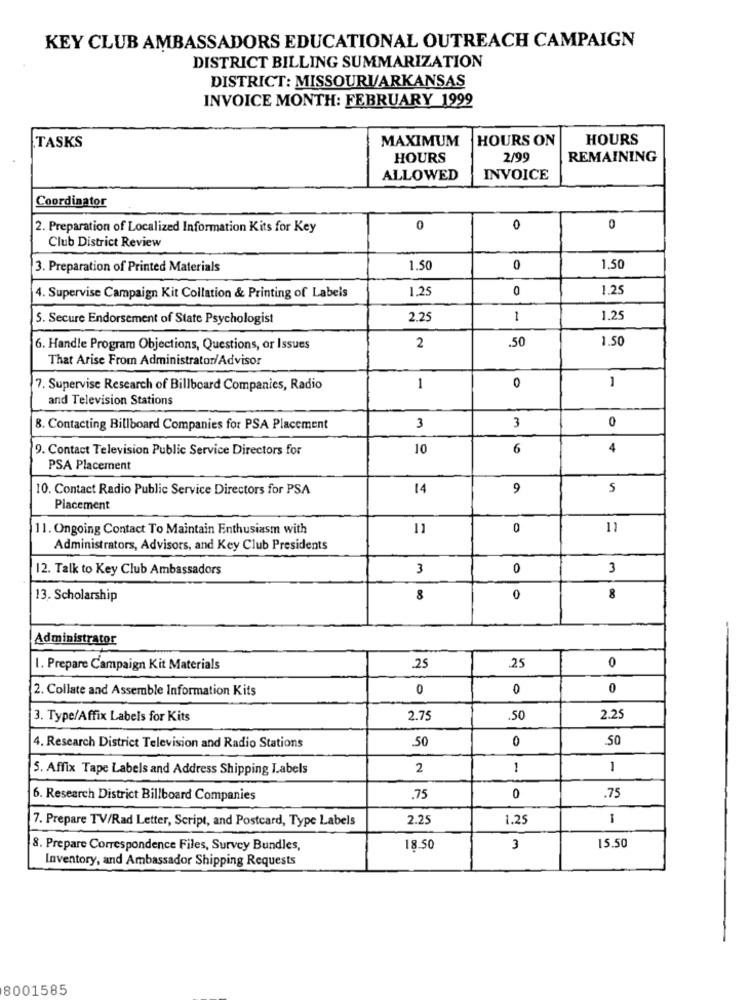
KEY CLUB AMBASSADORS EDUCATIONAL OUTREACH CAMPAIGN
DISTRICT BILLING SUMMARIZATION
DISTRICT: MISSOURI/ARKANSAS
INVOICE MONTH: FEBRUARY 1999
MAXIMUM
HOURS ON
HOURS
TASKS
HOURS
2/99
REMAINING
ALLOWED
INVOICE
Coordinator
2. Preparation of Localized Information Kits for Key
0
0
0
Club District Review
3. Preparation of Printed Materials
1.50
0
1,50
1.25
0
1.25
4. Supervise Campaign Kit Collation & Printing of Labels
5. Secure Endorsement of State Psychologist
2.25
1
1.25
2
.50
1.50
6. Handle Program Objections, Questions, or Issues
That Arise From Administrator/Advisor
-
7. Supervise Research of Billboard Companies, Radio
1
0
and Television Stations
3
0
8. Contacting Billboard Companies for PSA Placement
3
9. Contact Television Public Service Directors for
10
6
4
PSA Placement
10. Contact Radio Public Service Directors for PSA
14
9
S
Placement
11. Ongoing Contact To Maintain Enthusiasm with
11
0
11
Administrators, Advisors, and Key Club Presidents
12. Talk to Key Club Ambassadors
3
0
3
13. Scholarship
8
0
8
-
Administrator
0
1. Prepare Campaign Kit Materials
.25
.25
2. Collate and Assemble Information Kits
0
0
0
3. Type/Affix Labels for Kits
2.75
.50
2.25
0
.50
4. Research District Television and Radio Stations
.50
5. Affix Tape Labels and Address Shipping Labels
2
1
1
6. Research District Billboard Companies
.75
0
.75
7. Prepare TV/Rad Letter, Script, and Postcard, Type Labels
2.25
1.25
1
8. Prepare Correspondence Files, Survey Bundles,
18.50
3
15.50
Inventory, and Ambassador Shipping Requests
8001585